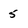
Character: 5